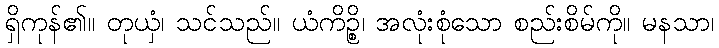
ရှိကုန်၏။ တုယှံ၊ သင်သည်။ ယံကိဉ္စိ၊ အလုံးစုံသော စည်းစိမ်ကို။ မနသာ၊